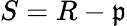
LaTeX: S=R-{\mathfrak{p}}